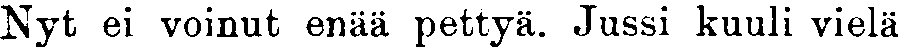
Nyt ei voinut enää pettyä. Jussi kuuli vielä